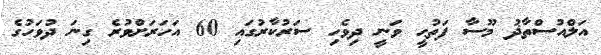
އަލްއުސްތާޛު މޫސާ ފަތުޙީ ވަނީ ދިވެހި ސަރުކާރުގައި 60 އަހަރަށްވުރެ ގިނަ ދުވަހުގެ